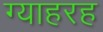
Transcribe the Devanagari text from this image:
ग्याहरह